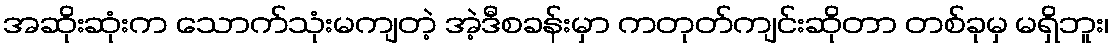
အဆိုးဆုံးက သောက်သုံးမကျတဲ့ အဲ့ဒီစခန်းမှာ ကတုတ်ကျင်းဆိုတာ တစ်ခုမှ မရှိဘူး၊